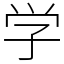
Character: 学